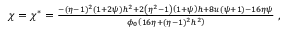
\begin{array} { r } { \chi = \chi ^ { * } = \frac { - ( \eta - 1 ) ^ { 2 } ( 1 + 2 \psi ) h ^ { 2 } + 2 \left( \eta ^ { 2 } - 1 \right) \left( 1 + \psi \right) h + 8 u ( \psi + 1 ) - 1 6 \eta \psi } { \phi _ { 0 } \left( 1 6 \eta + ( \eta - 1 ) ^ { 2 } h ^ { 2 } \right) } \; , } \end{array}